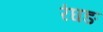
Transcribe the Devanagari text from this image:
रंघङ